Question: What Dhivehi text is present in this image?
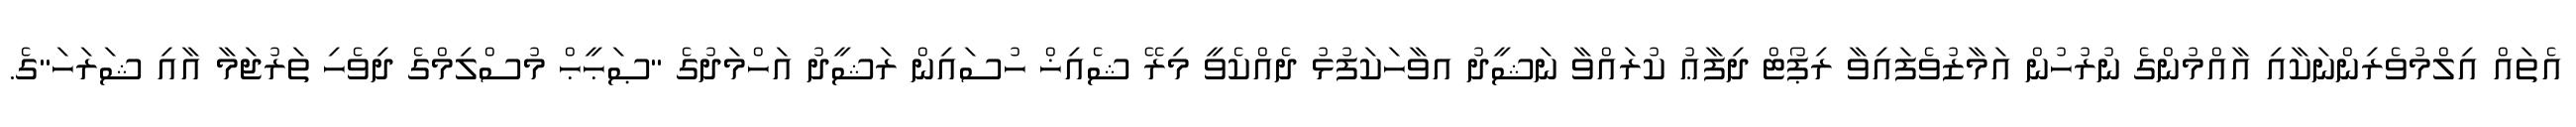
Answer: އެތައް އިލްމުވެރިންނަކާއި އާއްމުންގެ ނުރުހުން އަމާޒުވެފައިވާ ރިޕޯޓް ދިފާޢު ކުރައްވާ ނަޝީދު އވާހަކަފުޅު ދެއްކެވީ މިރޭ ޝެއިޚް ހުސައިން ރަޝީދު އަހްމަދުގެ "ޞަޙީޙް މުސްލިމްގެ ދިވެހި ތަރުޖަމާ އާއި ޝަރަހަ"ގެ.